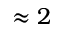
\approx 2